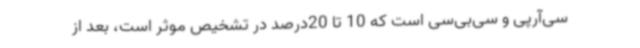
سی‌آرپی و سی‌بی‌سی است که 10 تا 20‌درصد در تشخیص موثر است، بعد از